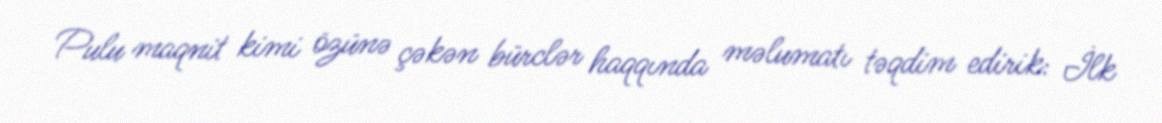
Pulu maqnit kimi özünə çəkən bürclər haqqında məlumatı təqdim edirik: İlk